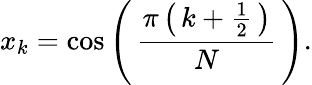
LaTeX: x_{k}=\cos\left(\, {\frac{\pi\left(\, k+{\frac{1}{2}}\, \right)}{N}}\, \right).